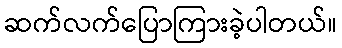
ဆက်လက်ပြောကြားခဲ့ပါတယ်။